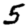
Digit: 5